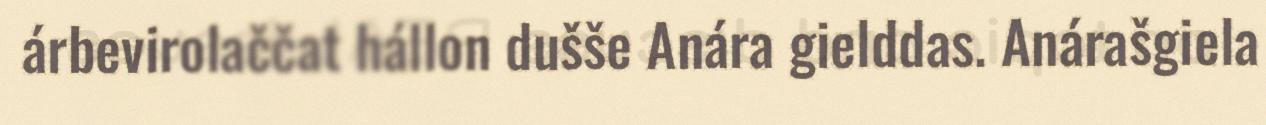
árbevirolaččat hállon dušše Anára gielddas. Anárašgiela